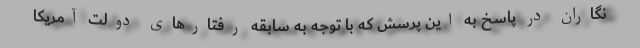
نگاران در پاسخ به این پرسش که با توجه به سابقه رفتارهای دولت آمریکا